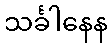
သင်္ခါနေန